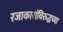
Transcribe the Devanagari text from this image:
रजाकारांविरुद्धच्या